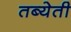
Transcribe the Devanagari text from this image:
तब्येती